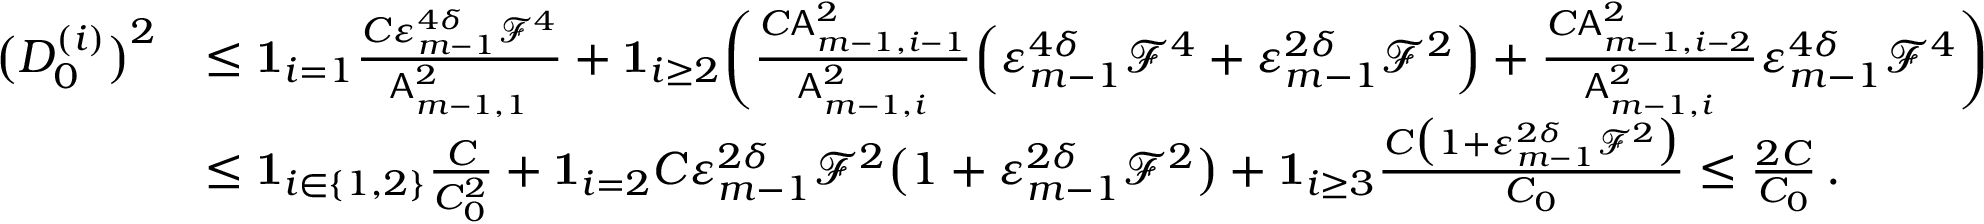
\begin{array} { r l } { \bigl ( D _ { 0 } ^ { ( i ) } \bigr ) ^ { 2 } } & { \leq { \bf 1 } _ { i = 1 } \frac { C \varepsilon _ { m - 1 } ^ { 4 \delta } \mathcal { F } ^ { 4 } } { \mathsf { A } _ { m - 1 , 1 } ^ { 2 } } + { \bf 1 } _ { i \geq 2 } \biggl ( \frac { C \mathsf { A } _ { m - 1 , i - 1 } ^ { 2 } } { \mathsf { A } _ { m - 1 , i } ^ { 2 } } \Bigl ( \varepsilon _ { m - 1 } ^ { 4 \delta } \mathcal { F } ^ { 4 } + \varepsilon _ { m - 1 } ^ { 2 \delta } \mathcal { F } ^ { 2 } \Bigr ) + \frac { C \mathsf { A } _ { m - 1 , i - 2 } ^ { 2 } } { \mathsf { A } _ { m - 1 , i } ^ { 2 } } \varepsilon _ { m - 1 } ^ { 4 \delta } \mathcal { F } ^ { 4 } \biggr ) } \\ & { \leq { \bf 1 } _ { i \in \{ 1 , 2 \} } \frac { C } { C _ { 0 } ^ { 2 } } + { \bf 1 } _ { i = 2 } C \varepsilon _ { m - 1 } ^ { 2 \delta } \mathcal { F } ^ { 2 } \bigl ( 1 + \varepsilon _ { m - 1 } ^ { 2 \delta } \mathcal { F } ^ { 2 } \bigr ) + { \bf 1 } _ { i \geq 3 } \frac { C \bigl ( 1 + \varepsilon _ { m - 1 } ^ { 2 \delta } \mathcal { F } ^ { 2 } \bigr ) } { C _ { 0 } } \leq \frac { 2 C } { C _ { 0 } } \, . } \end{array}